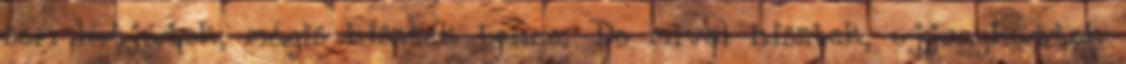
sem látjátok, mégis hisztek benne. De mivel hisztek, ujjonghattok